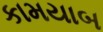
કામયાબ